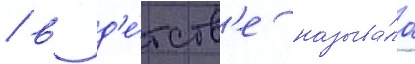
/ в д'е́тств'е называ́ла